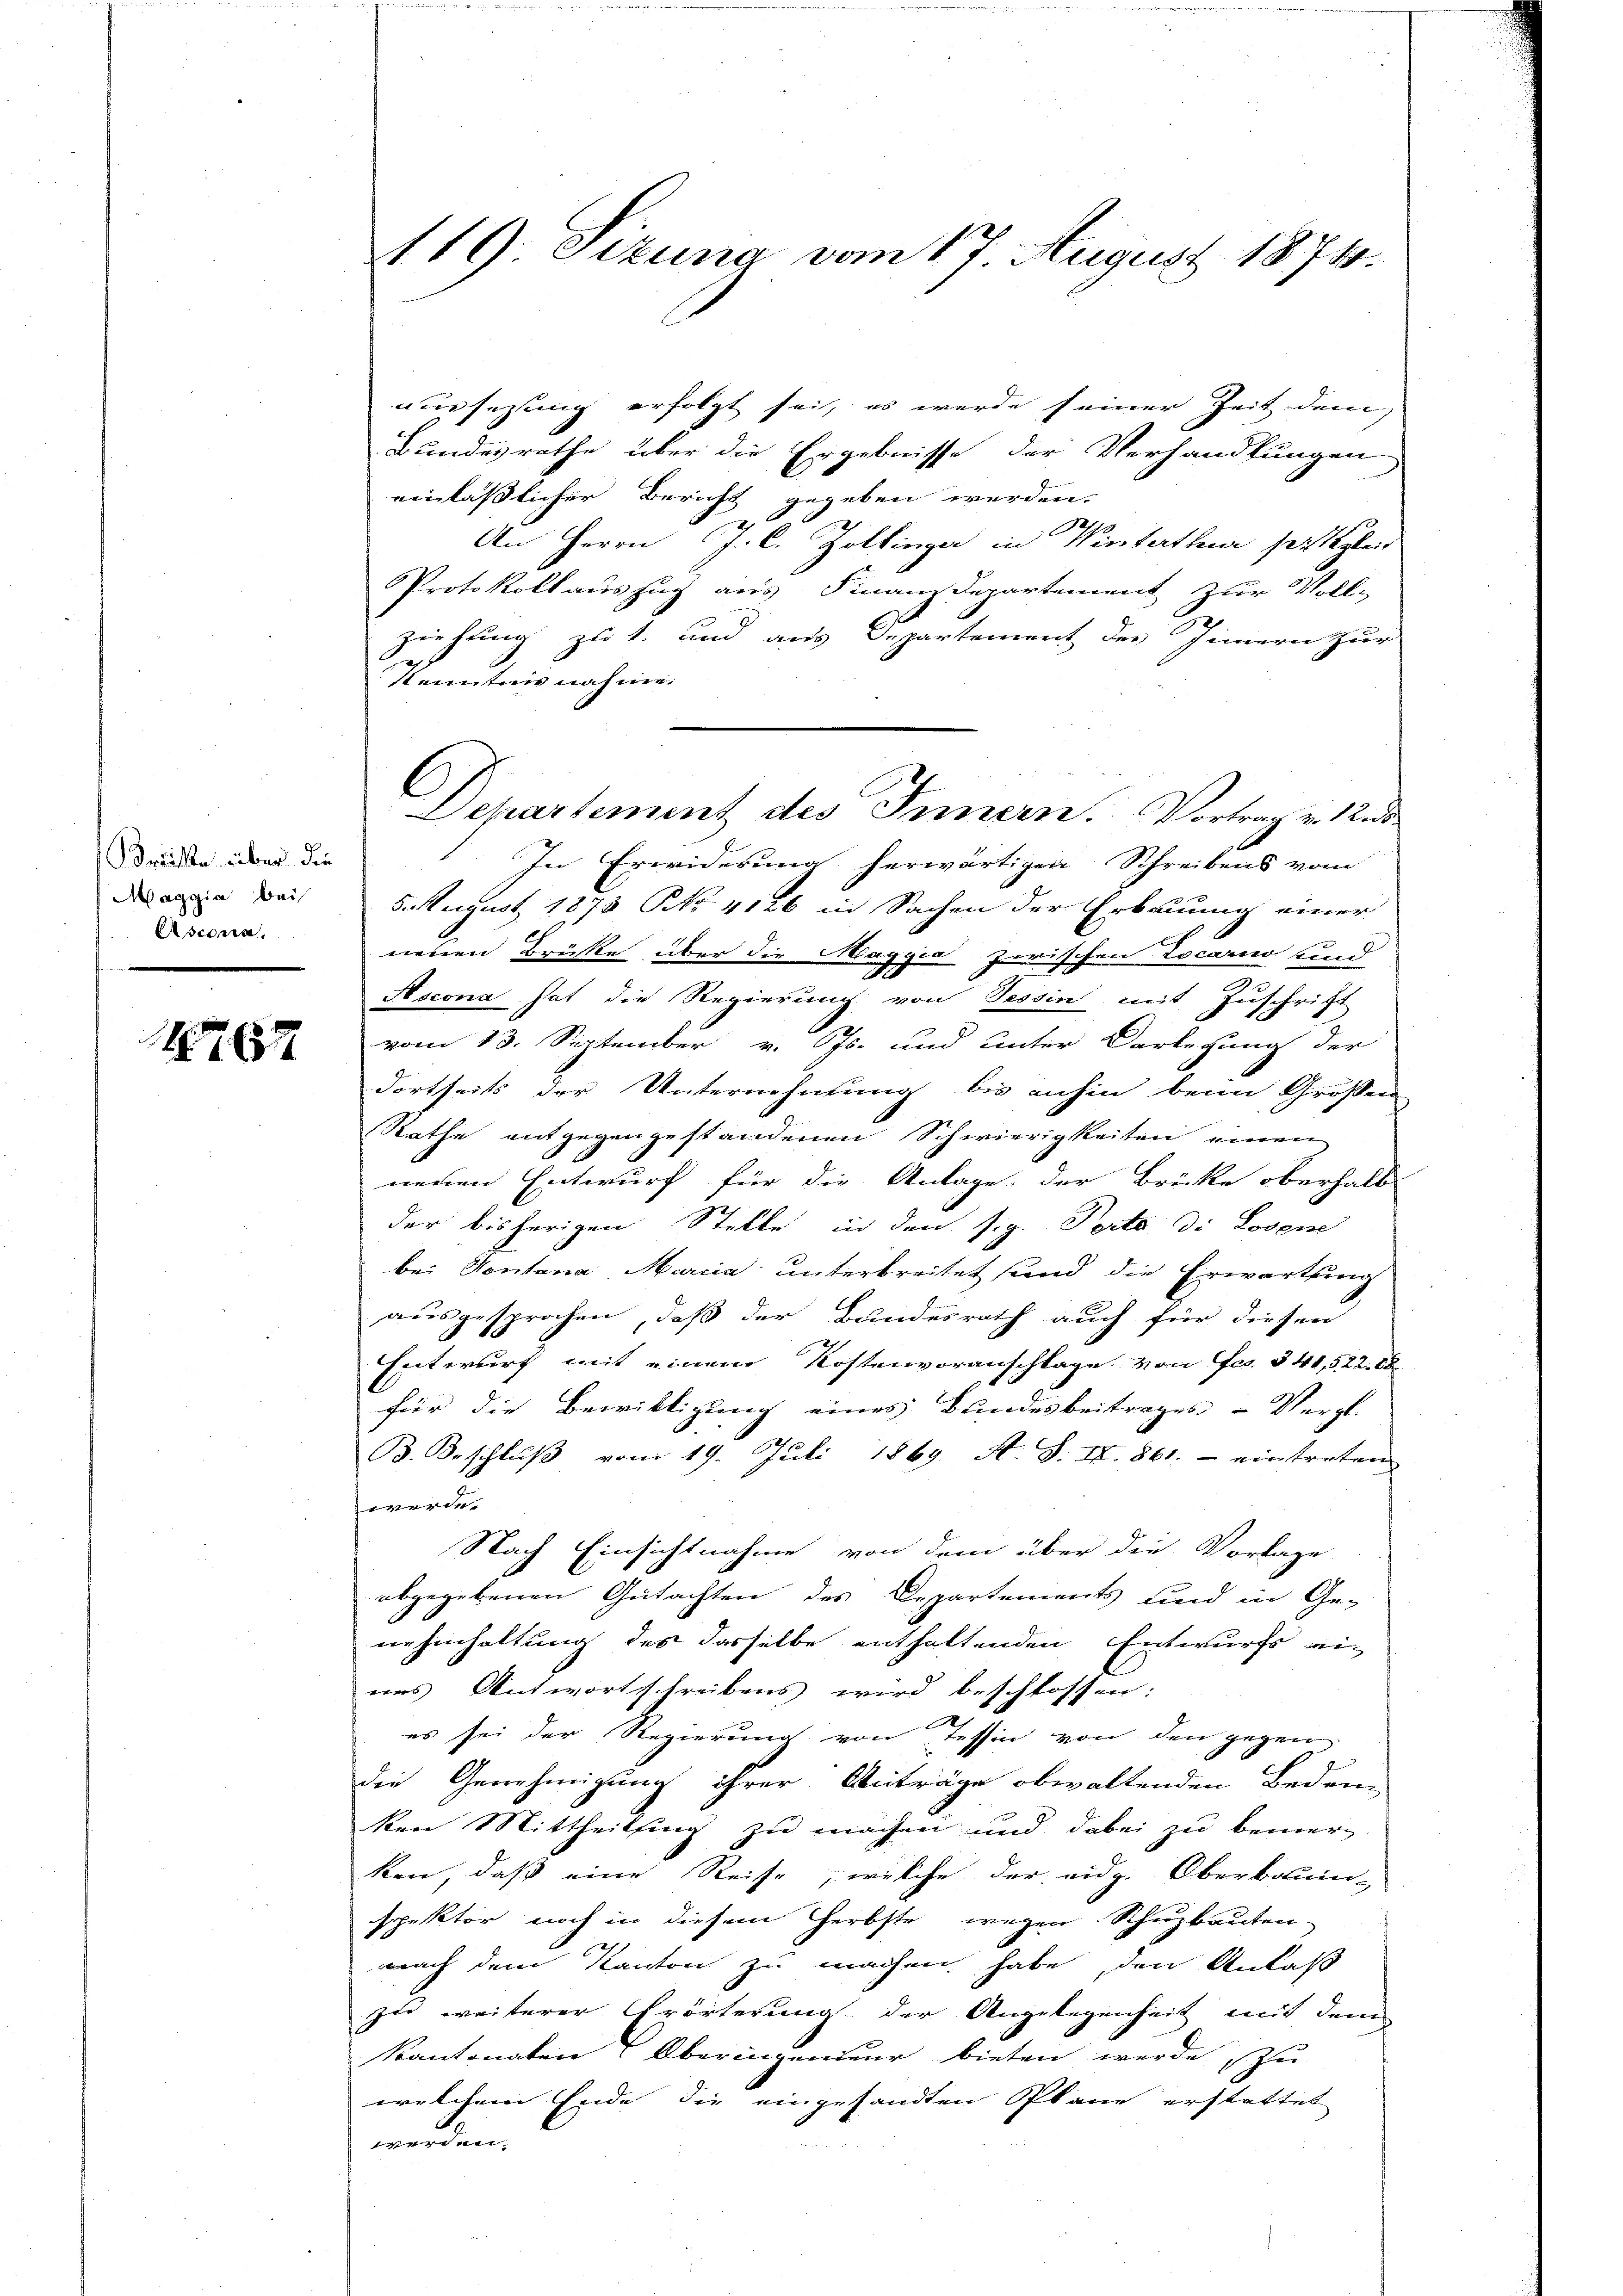
Kräften über die
Maggia bei
Asconn

1767.

119. Sitzung vom 17. August 1874.

aussetzung erfolgt sei, es werde seiner Zeit dem
Bundesrathe über die Ergebnisse der Verhandlungen
einlässlicher Bericht gegeben werden.
1
An Herrn J. C. Zollinza in Winterthur seit gleit
Protokoll auszug aus Finanzdepartement zur Voll-
Ziehung zu 1. und aus Departement des Innern zur
Kenntnis nahme.
In Erwiderung herwärtigen Schreibens vom
5. August 1873 No 4126 in Sachen der Erbauung einer
neuen Brücke über die Maggia zwischen Tocarno und
Ascona hat die Regierung von Tessin mit Zuschrift
vom 13. September v. Js. und unter Vorlegung der
dortheits der Unternehmung bis anhin beim Grossen
Rathe entgegengestandenen Schwierigkeiten einen
neuen Entwurf für die Anlage der Brücke oberhalb
der bisherigen Stelle in den sig. Porto di Losen
bei Pontana Marcia unterbreitet sind die Erwartung
ausgesprochen, daß der Bundesrath auch für diesen
Entwurf mit einem Kostenvoranschlage von Fes. § 41,522. 82
für die Bewilligung eines Bundesbeitrages - Vergl.
B. Beschluß vom 19. Juli 1869 A. S. II. 861. - eintreten
vege
Nach Einsichtnahme von dem über die Vorlage
abgegebenen Gutachten des Departements und in Ge-
nehmhaltung des dasselbe enthaltenden Entwurfs eines Antwortschreibens wird beschlossen:
es sei der Regierung von Tessin von den gegen
die Genehmigung ihrer Anträge obwaltenden Beden
ken Mittheilsing zu machen und dabei zu bemerken, daß eine Reise, welche der eidg. Oberbunde
spektor noch in diesem Herbste wegen Schuzbauten
nach dem Kanton zu machen habe, den Anlaß
zu weiterer Erörterung der Angelegenheit mit dem
Kantonaten Oberingendeur bieten werde zu
welchem Ende die eingesandten Plane erstattet
werden.

Departement des Innern. Vortrag v. 12